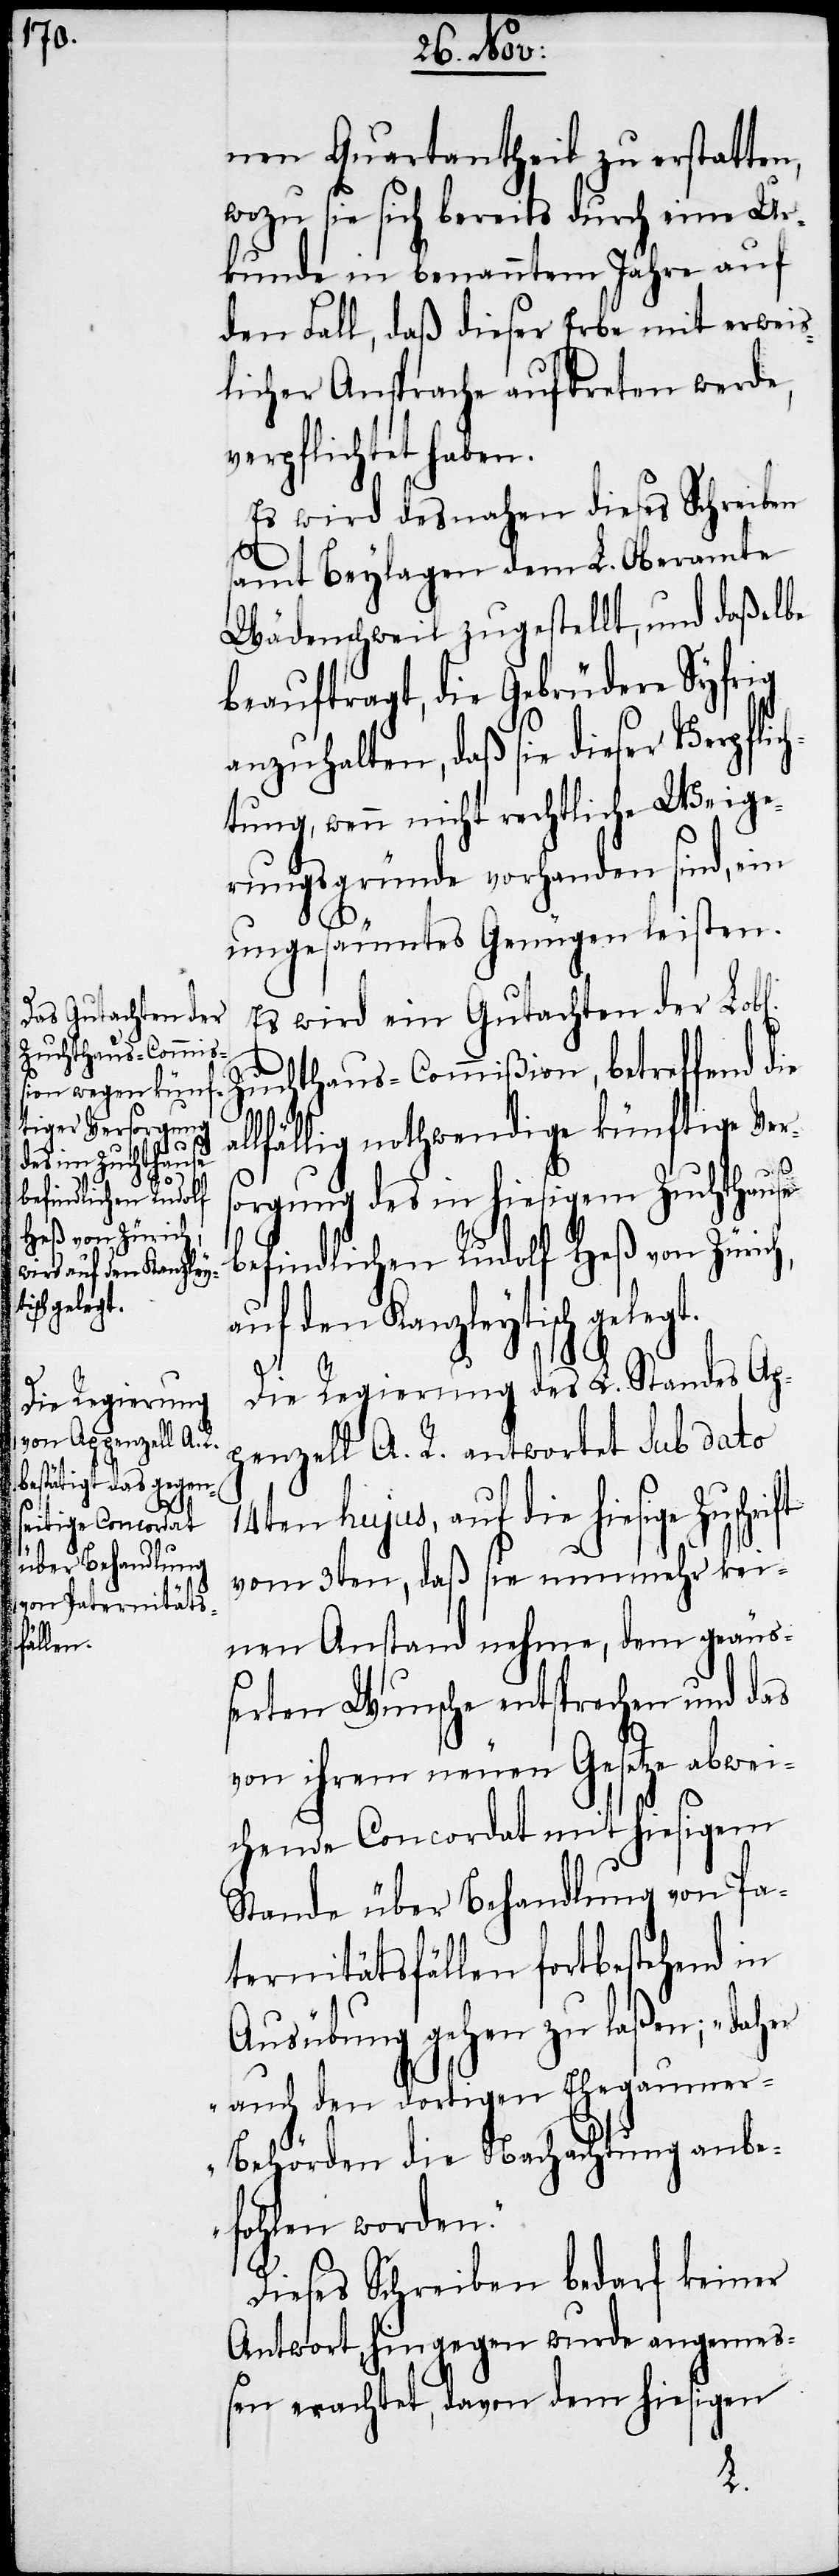
nen Quartantheil zu erstatten,
wozu sie sich bereits durch eine Ur¬
kunde in benanntem Jahre auf
den Fall, daß dieser Erbe mit erweis¬
licher Ansprache auftreten werde,
verpflichtet haben.
Es wird desnahen dieses Schreiben
samt Beylagen dem L. Oberamte
Wädenschweil zugestellt, und daßelbe
beauftragt, die Gebrüdere Syfrig
anzuhalten, daß sie dieser Verpflic¬
htung, wenn nicht rechtliche Weige¬
rungsgründe vorhanden sind, ein
ungesäumtes Genügen leisten.
Es wird ein Gutachten der Lo¬
b[lichen] Zuchthaus-Commißion, betreffend die
ft
allfällig nothwendige künftige Vers¬
befindlichen Rudolf
orgung des in hiesigem Zuchthause
Heß von Zürich,
auf den Kanzleytisch gelegt.
Die Regierung des L. Standes Ap¬
penzell A. R. antwortet sub dato
14ten hujus, auf die hiesige Zuschri¬
vom 3ten, daß sie nunmehr kei¬
nen Anstand nehme, dem geäu¬
ßerten Wunsche entsprechen und das
von ihrem neuen Gesetze abwei¬
chende Concordat mit hiesigem
Stande über Behandlung von Pa¬
ternitätsfällen fortbestehend in
Ausübung gehen zu laßen; „daher
auch den dortigen Ehegaume¬
r-Behörden die Nachachtung anbe¬
fohlen worden.“
Dieses Schreiben bedarf keiner
Antwort, hingegen wurde angeme¬
ßen erachtet, davon dem hiesigen